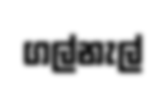
ගල්නැල්